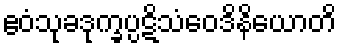
ဧဝံသုခဒုက္ခပ္ပဋိသံဝေဒိနိယောတိ